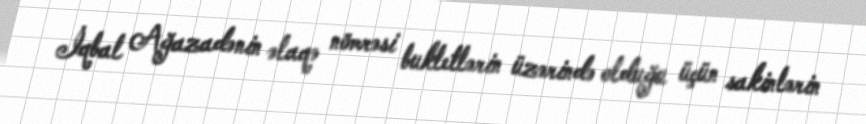
İqbal Ağazadənin əlaqə nömrəsi bukletlərin üzərində olduğu üçün sakinlərin